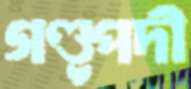
গণ্ডূপদী